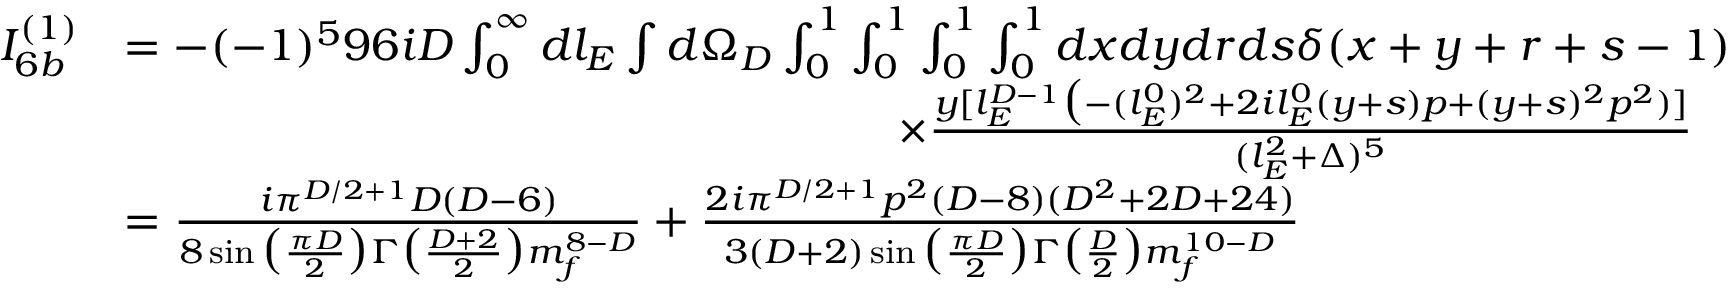
\begin{array} { r l } { I _ { 6 b } ^ { ( 1 ) } } & { = - ( - 1 ) ^ { 5 } 9 6 i D \int _ { 0 } ^ { \infty } d l _ { E } \int d \Omega _ { D } \int _ { 0 } ^ { 1 } \int _ { 0 } ^ { 1 } \int _ { 0 } ^ { 1 } \int _ { 0 } ^ { 1 } d x d y d r d s \delta ( x + y + r + s - 1 ) } \\ & { \quad \quad \quad \quad \quad \quad \quad \quad \quad \quad \quad \quad \quad \quad \quad \quad \quad \times \frac { y [ l _ { E } ^ { D - 1 } \big ( - ( l _ { E } ^ { 0 } ) ^ { 2 } + 2 i l _ { E } ^ { 0 } ( y + s ) p + ( y + s ) ^ { 2 } p ^ { 2 } ) ] } { ( l _ { E } ^ { 2 } + \Delta ) ^ { 5 } } } \\ & { = \frac { i \pi ^ { D / 2 + 1 } D ( D - 6 ) } { 8 \sin \big ( \frac { \pi D } { 2 } \big ) \Gamma \big ( \frac { D + 2 } { 2 } \big ) m _ { f } ^ { 8 - D } } + \frac { 2 i \pi ^ { D / 2 + 1 } p ^ { 2 } ( D - 8 ) ( D ^ { 2 } + 2 D + 2 4 ) } { 3 ( D + 2 ) \sin \big ( \frac { \pi D } { 2 } \big ) \Gamma \big ( \frac { D } { 2 } \big ) m _ { f } ^ { 1 0 - D } } } \end{array}